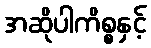
အဆိုပါကိစ္စနှင့်